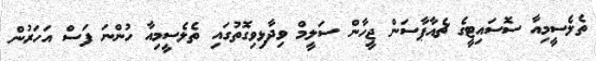
ތެލެސީމިއާ ސޮސައިޓީގެ ޗެއާޕާސަން ޖީހާން ސަލީމް ވިދާޅިވިގޮތުގައި ތެލެސީމިއާ ހުންނަ ފަސް އަހަރުން